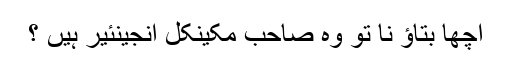
اچھا بتاؤ نا تو وہ صاحب مکینکل انجینئیر ہیں ؟